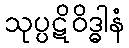
သုပ္ပဋိဝိဒ္ဓါနံ